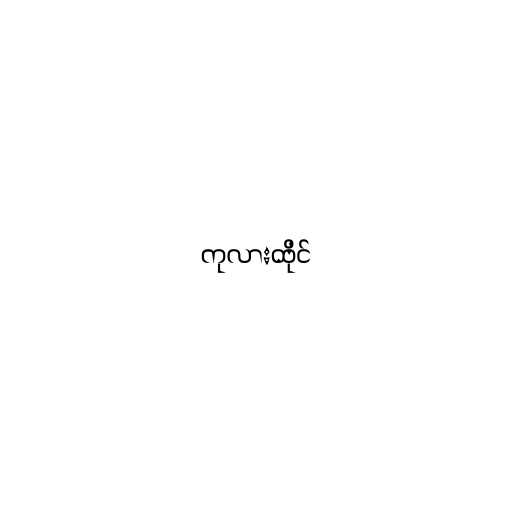
ကုလားထိုင်